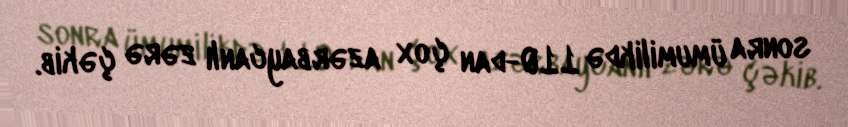
sonra ümumilikdə 110-dan çox azərbaycanlı zərə çəkib.